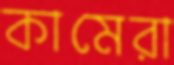
কামেরা